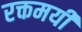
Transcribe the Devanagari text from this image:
रक्तमयी